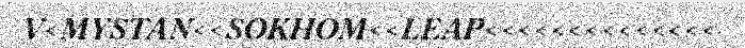
V<MYSTAN<<SOKHOM<<LEAP<<<<<<<<<<<<<<